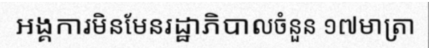
អង្គការមិនមែនរដ្ឋាភិបាលចំនួន ១៧មាត្រា